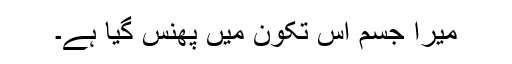
میرا جسم اس تکون میں پھنس گیا ہے۔